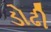
ડોઢી